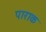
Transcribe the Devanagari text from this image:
पाराक